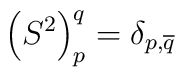
\left( S^{2}\right) _{p}^{q}=\delta _{p,\overline{q}}